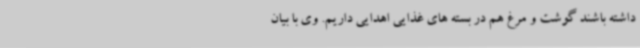
داشته باشند گوشت و مرغ هم در بسته های غذایی اهدایی داریم. وی با بیان